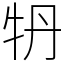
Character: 𤘪